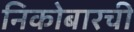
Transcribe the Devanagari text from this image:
निकोबारची